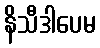
နိသီဒါပေမ